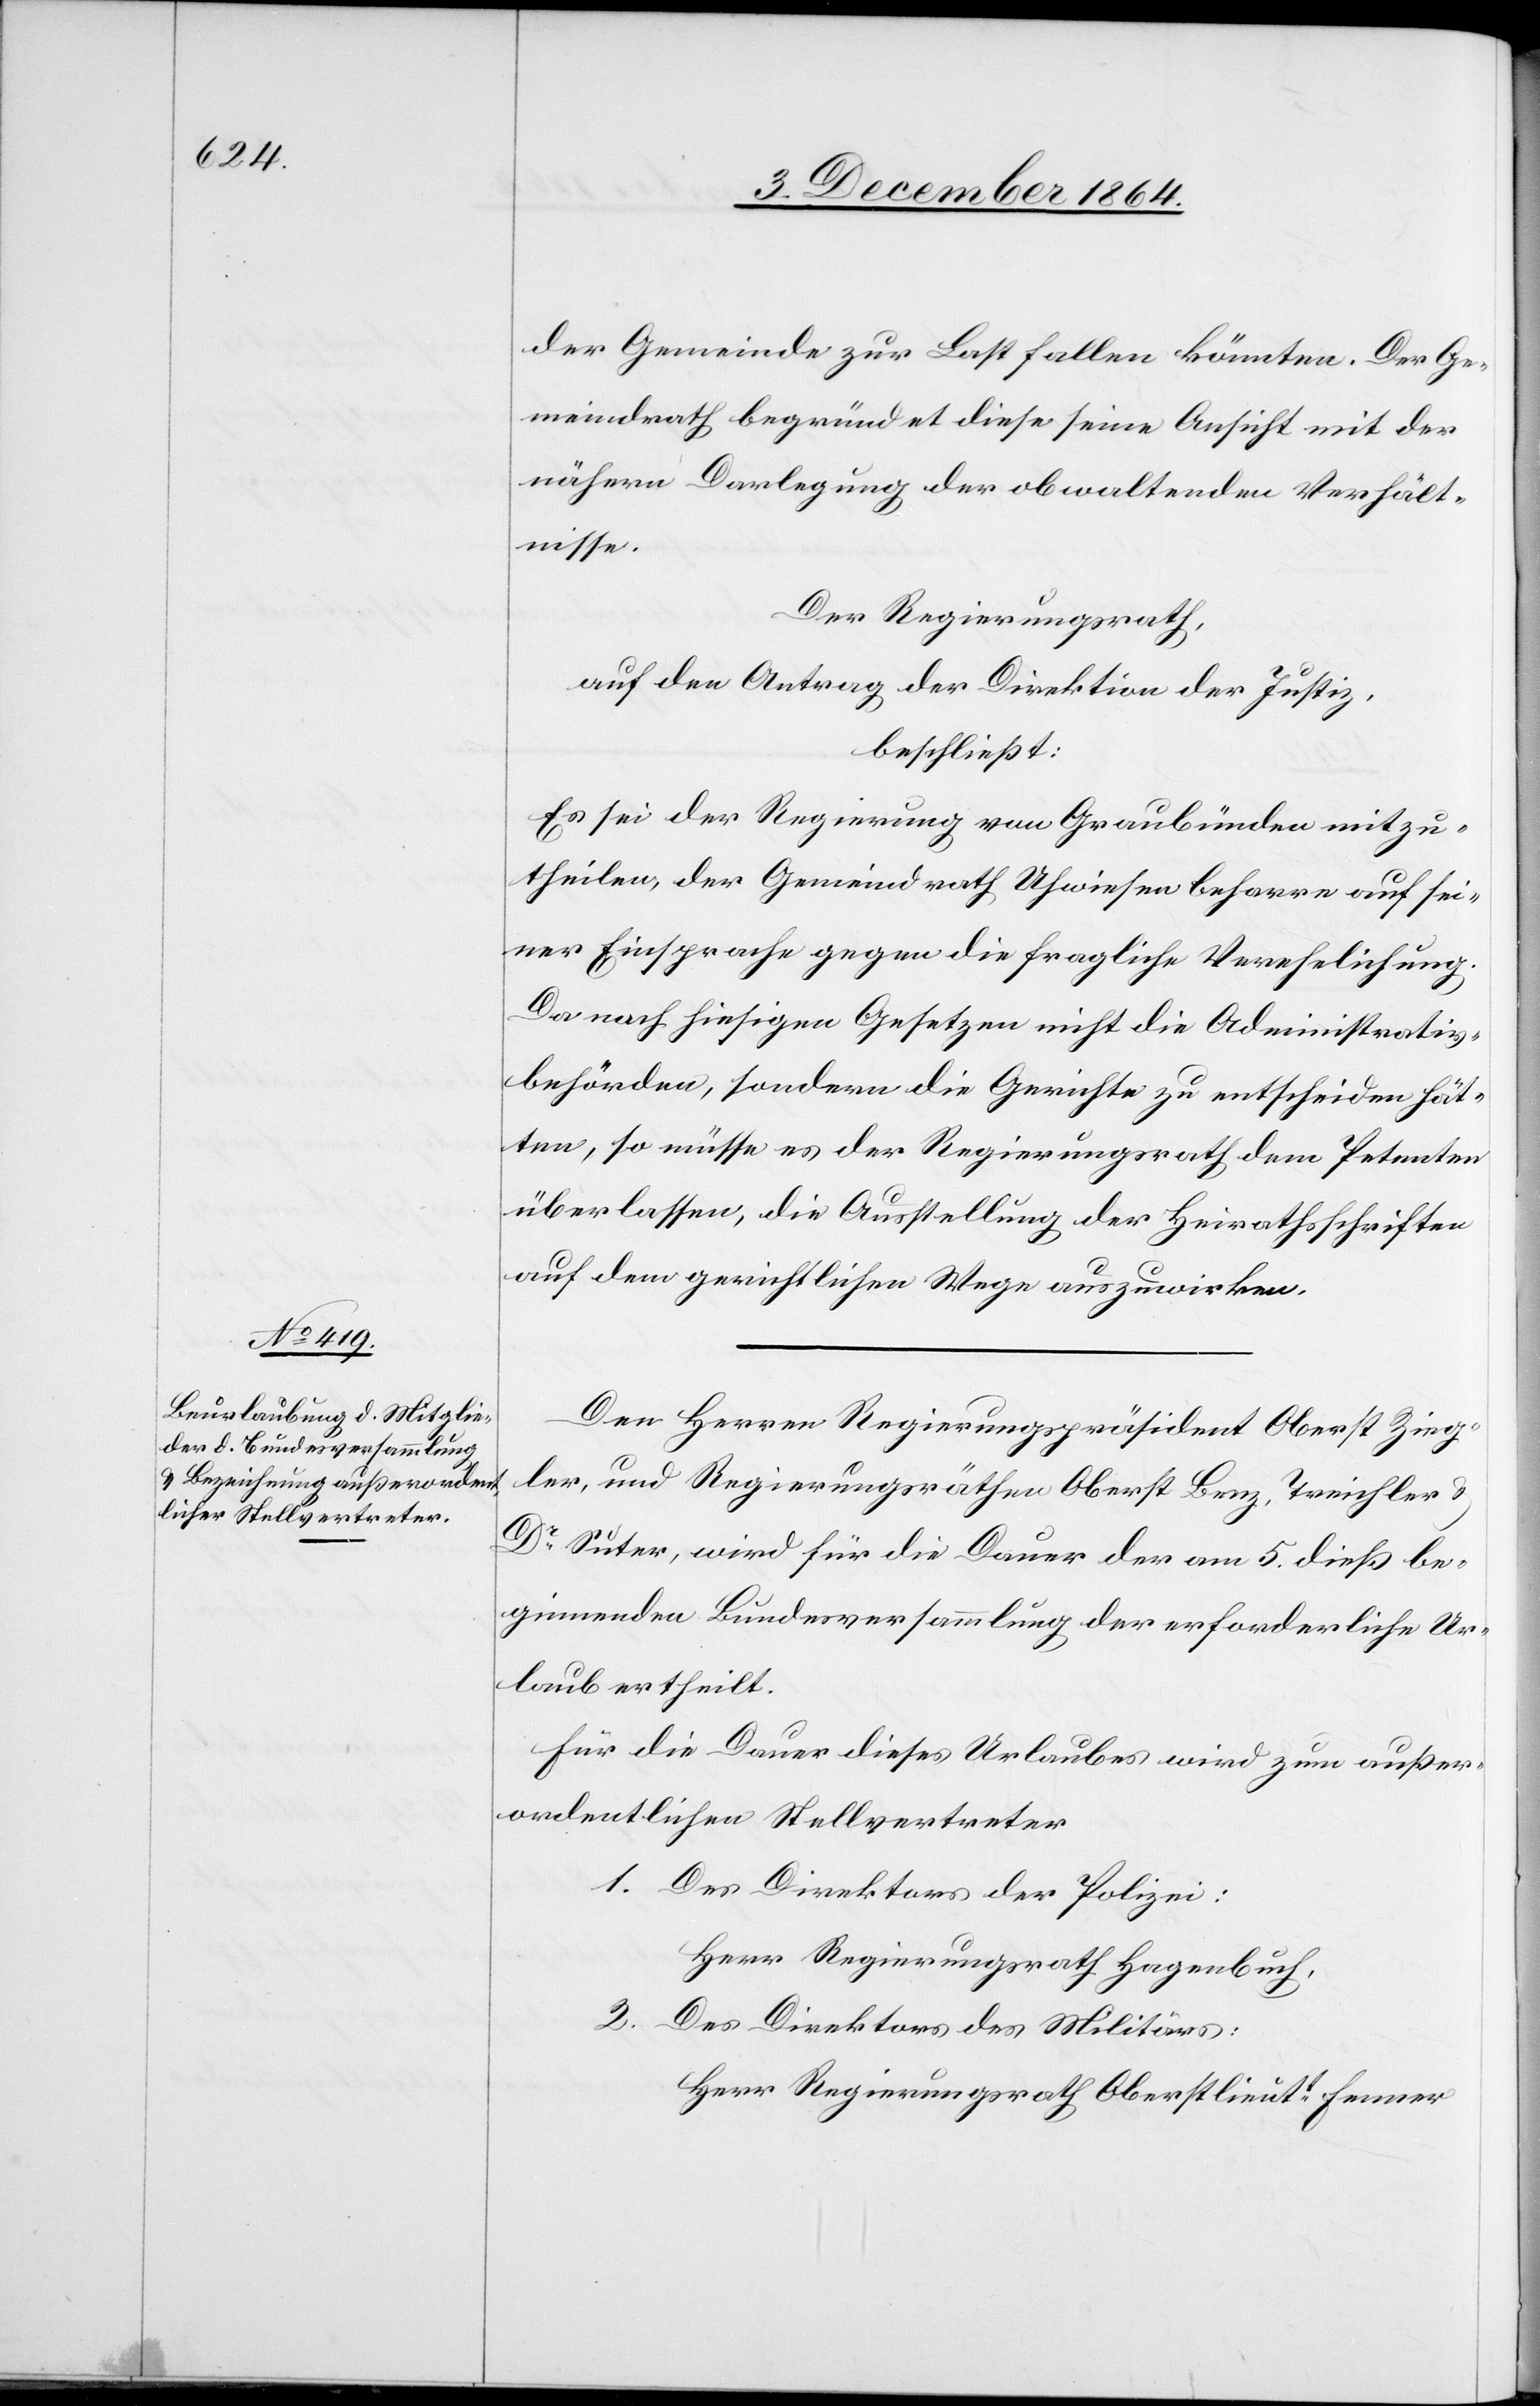
der Gemeinde zur Last fallen könnten. Der Ge¬
meindrath begründet diese seine Ansicht mit der
nähern Darlegung der obwaltenden Verhält¬
nisse.
Der Regierungsrath,
auf den Antrag der Direktion der Justiz,
beschließt:
Es sei der Regierung von Graubünden mitzu¬
theilen, der Gemeindrath Uhwiesen beharre auf sei¬
ner Einsprache gegen die fragliche Verehelichung.
Da nach hiesigen Gesetzen nicht die Administrativ¬
behörden, sondern die Gerichte zu entscheiden hät¬
ten, so müsse es der Regierungsrath dem Petenten
überlassen, die Ausstellung der Heimathschriften
auf dem gerichtlichen Wege auszuwirken.
Den Herren Regierungspräsident Oberst Zieg¬
ler, und Regierungsräthen Oberst Benz, Treichler &
Dr Suter, wird für die Dauer der am 5. dieß be¬
ginnenden Bundesversammlung der erforderliche Ur¬
laub ertheilt.
Für die Dauer dieses Urlaubes wird zum außer¬
ordentlichen Stellvertreter
1. Des Direktors der Polizei:
Herr Regierungsrath Hagenbuch,
2. Des Direktors des Militärs:
Herr Regierungsrath Oberstlieutt Fenner